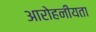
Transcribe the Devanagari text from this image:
आरोहनीयता